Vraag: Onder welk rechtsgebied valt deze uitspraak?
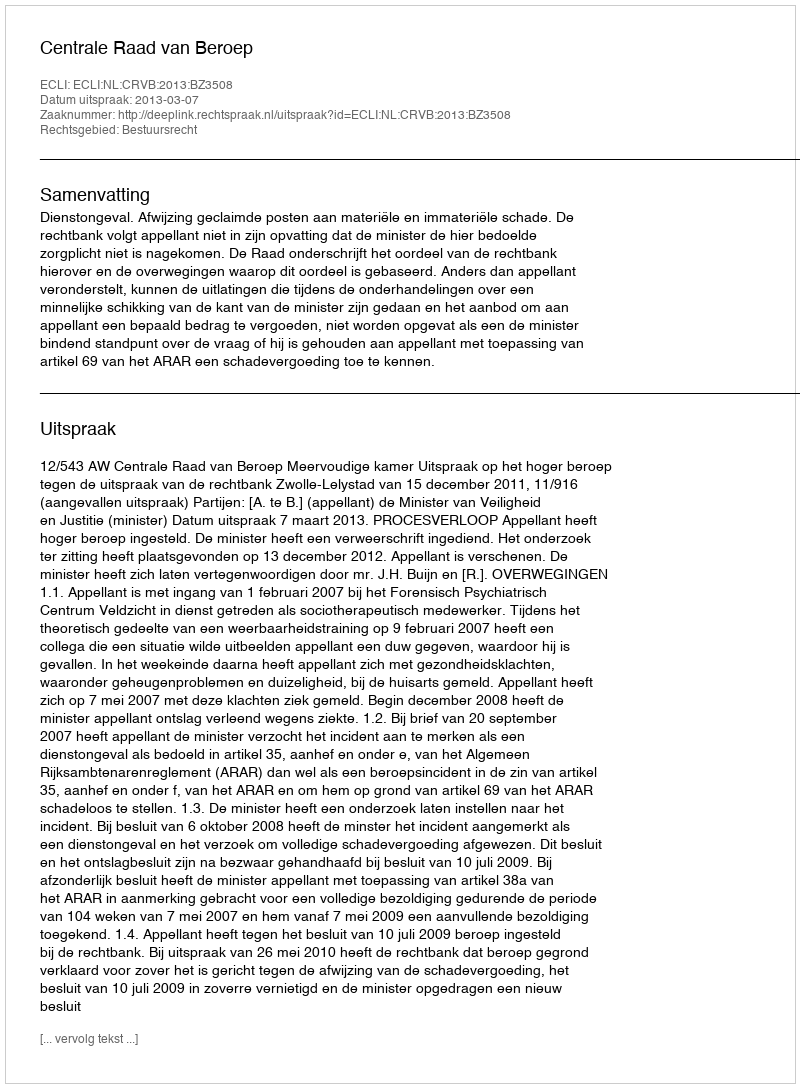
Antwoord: Bestuursrecht